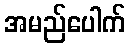
အမည်ပေါက်